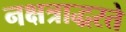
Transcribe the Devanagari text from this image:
नक्षत्राद्धरते